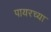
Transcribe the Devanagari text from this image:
पायरच्या